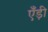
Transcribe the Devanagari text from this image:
एँड़ी